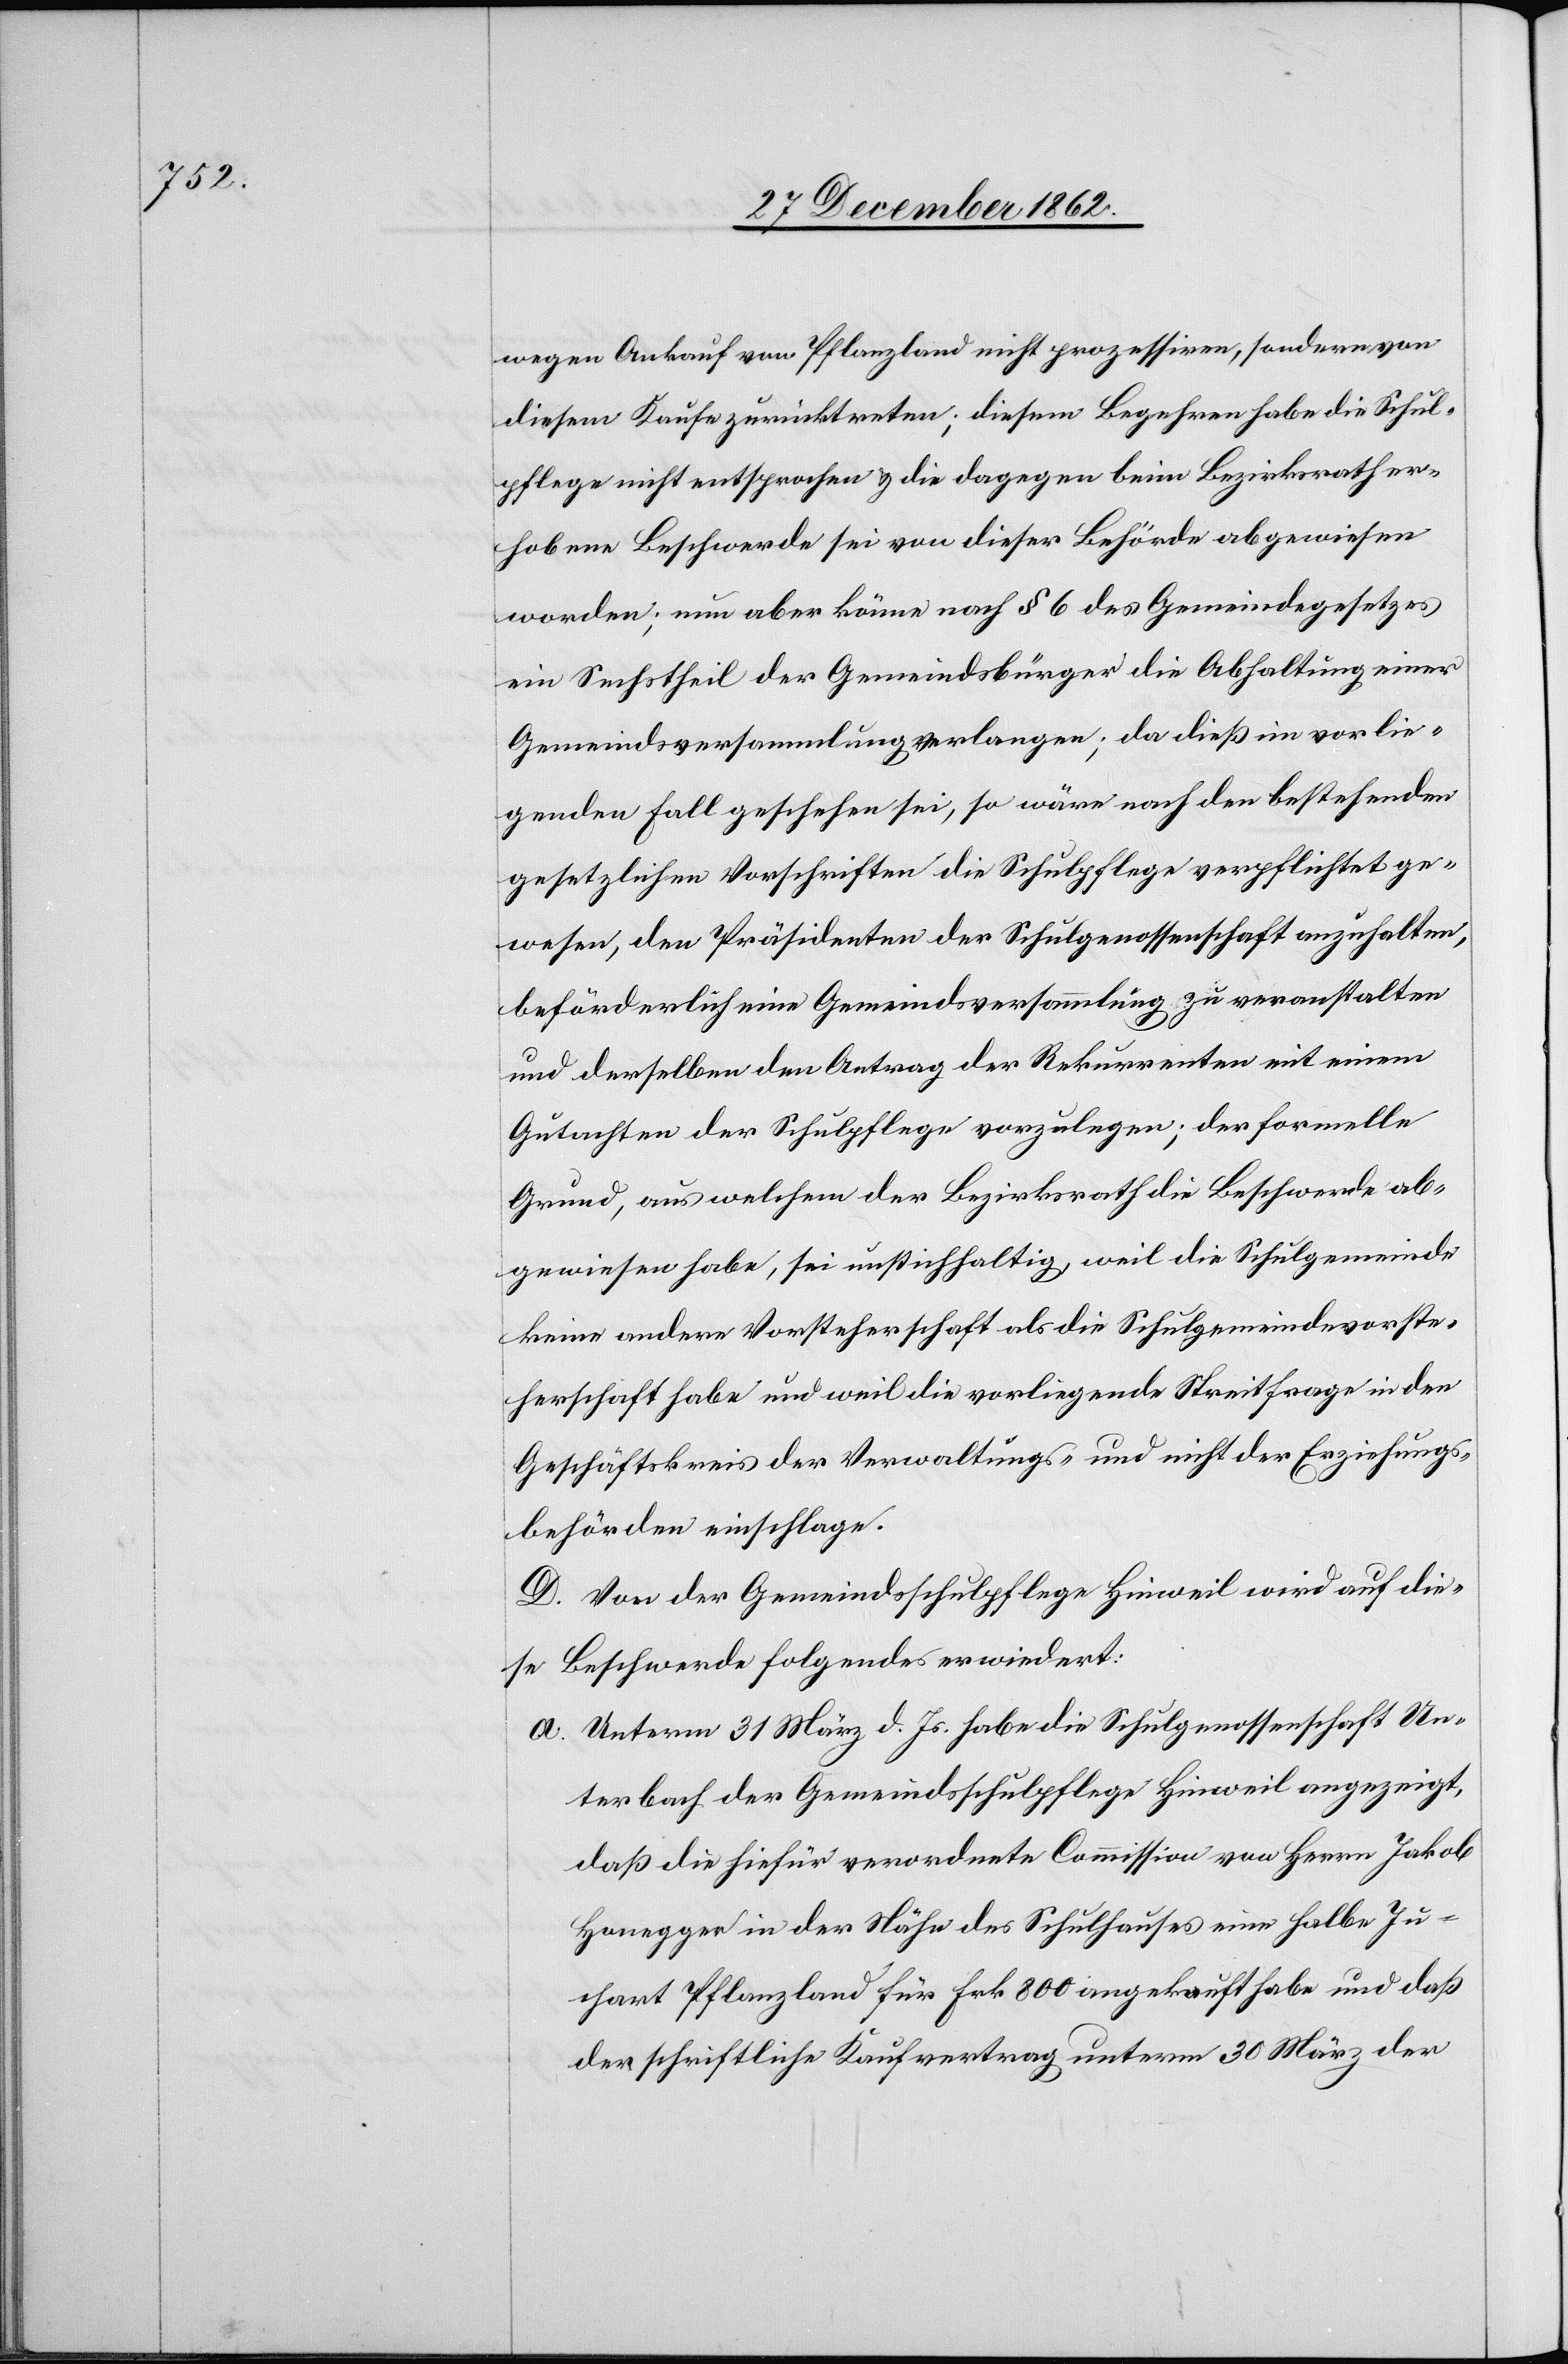
wegen Ankauf von Pflanzland nicht prozessiren, sondern von
diesem Kaufe zurücktreten; diesem Begehren habe die Schul¬
pflege nicht entsprochen u. die dagegen beim Bezirksrath er¬
hobene Beschwerde sei von dieser Behörde abgewiesen
worden; nun aber könne nach § 6 des Gemeindegesetzes
ein Sechstheil der Gemeindsbürger die Abhaltung einer
Gemeindsversammlung verlangen; da dieß im vorlie¬
genden Fall geschehen sei, so wäre nach den bestehenden
gesetzlichen Vorschriften die Schulpflege verpflichtet ge¬
wesen, den Präsidenten der Schulgenossenschaft anzuhalten,
beförderliche eine Gemeindsversammlung zu veranstalten
und derselben den Antrag der Rekurrenten mit einem
Gutachten der Schulpflege vorzulegen; der formelle
Grund, aus welchem der Bezirksrath die Beschwerde ab¬
gewiesen habe, sei unstichhaltig, weil die Schulgemeinde
keine andere Vorsteherschaft als die Schulgemeindevorste¬
herschaft habe und weil die vorliegende Streitfrage in den
Geschäftskreis der Verwaltungs- u. nicht der Erziehungs¬
behörden einschlage.
D. Von der Gemeindsschulpflege Hinweil wird auf die¬
se Beschwerde folgendes erwiedert:
a. Unterm 31. März d. Js. habe die Schulgenossenschaft Un¬
terbach der Gemeindschulpflege Hinweil angezeigt,
daß die hiefür verordnete Commission von Herrn Jakob
Honegger in der Nähe des Schulhauses eine halbe Ju¬
chart Pflanzland für Frk. 800 angekauft habe und daß
der schriftliche Kaufvertrag unterm 30. März der